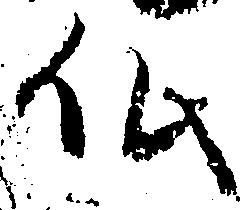
仏